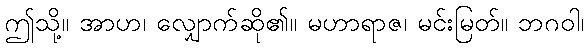
ဤသို့။ အာဟ၊ လျှောက်ဆို၏။ မဟာရာဇ၊ မင်းမြတ်။ ဘဂဝါ၊